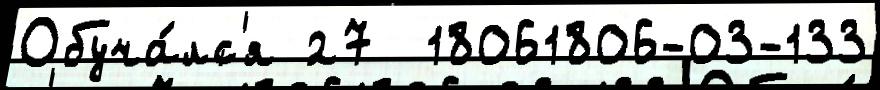
Обуча́лс'я 27  18061806-03-133